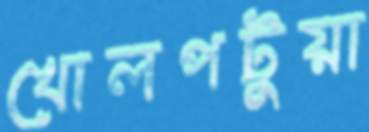
খোলপটুয়া